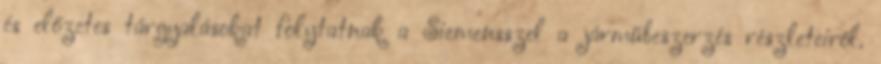
és előzetes tárgyalásokat folytatnak a Siemensszel a járműbeszerzés részleteiről.